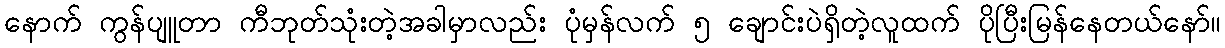
နောက် ကွန်ပျူတာ ကီဘုတ်သုံးတဲ့အခါမှာလည်း ပုံမှန်လက် ၅ ချောင်းပဲရှိတဲ့လူထက် ပိုပြီးမြန်နေတယ်နော်။